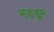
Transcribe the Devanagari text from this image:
मडंड्रम